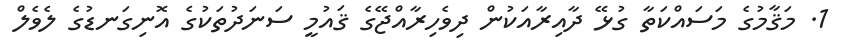
1. މަޤާމުގެ މަސައްކަތާ ގުޅޭ ދާއިރާއަކުން ދިވެހިރާއްޖޭގެ ޤައުމީ ސަނަދުތަކުގެ އޮނިގަނޑުގެ ލެވެލް